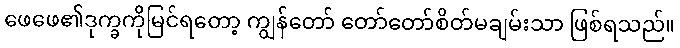
ဖေဖေ၏ဒုက္ခကိုမြင်ရတော့ ကျွန်တော် တော်တော်စိတ်မချမ်းသာ ဖြစ်ရသည်။